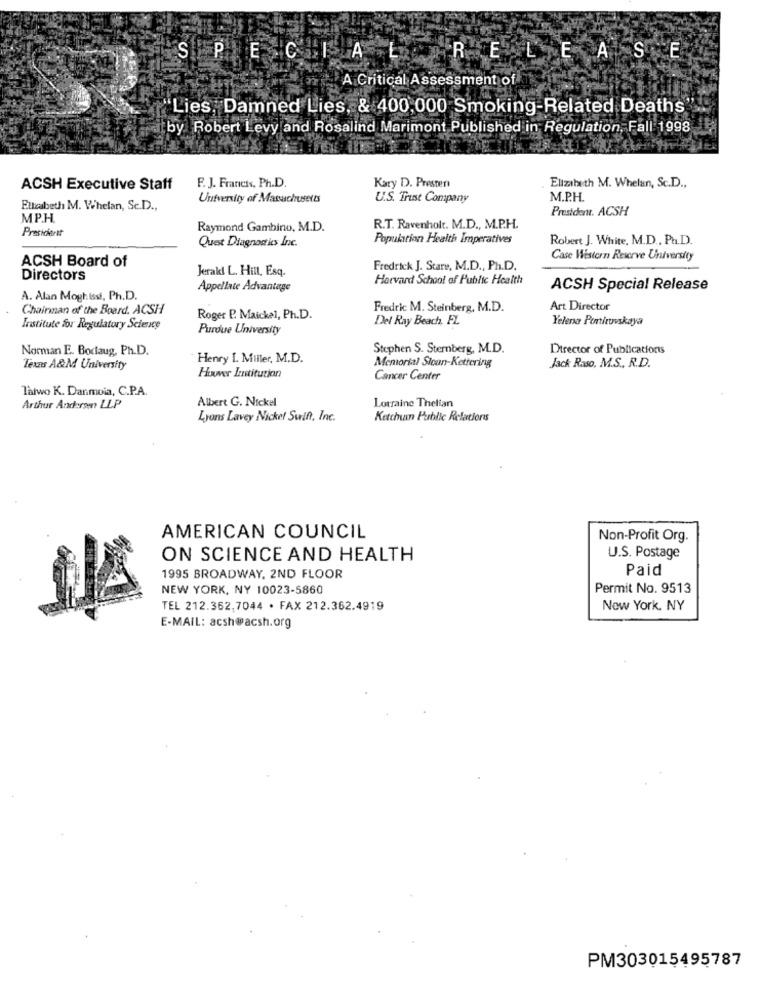
SPECIAL
RELEASE
A Critical Assessment of
"Lies, Damned Lies, & 400,000 Smoking-Related Deaths
by Robert Levy and Rosalind Marimont Published in Regulation, Fall 1998
ACSH Executive Staff
F. J. Francis, Ph.D.
Kary D. Presten
Elizabeth M. Whelan, Sc.D .,
University of Massachusetts
U.S. Trust Company
M.P.H.
Ettzabeth M. Whelan, Sc.D .,
President. ACSH
MP.H.
Presicient
Raymond Gambino, M.D.
R.T. Ravenholt. M.D ., M.P.H.
Quest Diagnostics Inc.
Population Health Imperatives
Robert J. White, M.D ., Pa.D.
Case Western Reserve University
ACSH Board of
Jerakl L. Hill, Esq.
Fredrick J. Stare, M.D ., Ph.D.
Directors
Harvard School of Public Health
Appellate Advantage
ACSH Special Release
A. Alan Moghissi, Ph.D.
Chairman of the Board. ACSH
Fredric M. Steinberg, M.D.
Art Director
Roger P. Maickel, Ph.D.
Del Ray Beach, FL
Yelena Ponituvskaya
Institute for Regulatory Science
Purdue University
Norman E. Borlaug, Ph.D.
Stephen S. Sternberg, M.D.
Director of Publicationts
Henry I. Miller, M.D.
Jack Raso, M.S ., R.D.
Texas A&M University
Memorial Stoun-Kettering
Hoover Institution
Cancer Center
Tatwo K. Danmoia, C.P.A.
Albert G. Nickel
Arthur Andersen LLP
Lorraine Thelian
Lyons Lavey Nickel Swift, Inc.
Ketchum Public Relations
AMERICAN COUNCIL
Non-Profit Org.
ON SCIENCE AND HEALTH
U.S. Postage
Paid
1995 BROADWAY, 2ND FLOOR
NEW YORK, NY 10023-5860
Permit No. 9513
TEL 212.362,7044 · FAX 212.362.4919
New York, NY
E-MAIL: acsh@acsh.org
PM303015495787